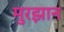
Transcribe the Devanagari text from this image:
मुरझान